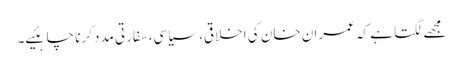
مجھے لگتا ہے کہ عمران خان کی اخلاقی، سیاسی،سفارتی مدد کرنا چاہئیے۔